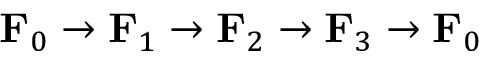
\mathbf { F } _ { 0 } \rightarrow \mathbf { F } _ { 1 } \rightarrow \mathbf { F } _ { 2 } \rightarrow \mathbf { F } _ { 3 } \rightarrow \mathbf { F } _ { 0 }